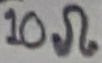
Text: 10Ω